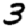
Digit: 3